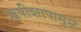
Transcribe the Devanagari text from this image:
ऋषीशापामुळे